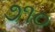
૭૧૦